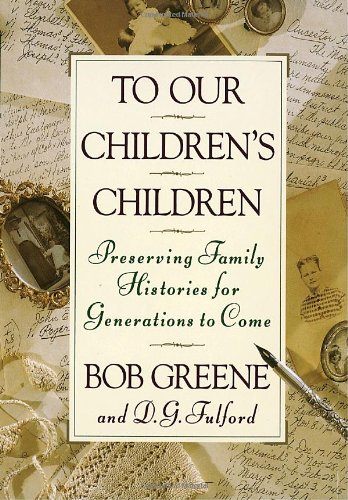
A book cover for To Our Children's Children: Preserving Family Histories for Generations to Come; Bob Greene; Parenting & Relationships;